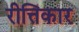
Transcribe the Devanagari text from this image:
रीत्तिकार